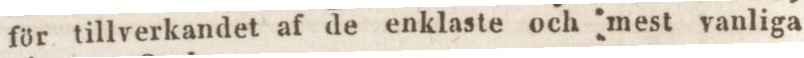
för tillverkandet af de enklaste och mest vanliga